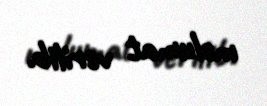
məlumat verilib.